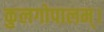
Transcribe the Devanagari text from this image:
कुलगोपालम्‌।